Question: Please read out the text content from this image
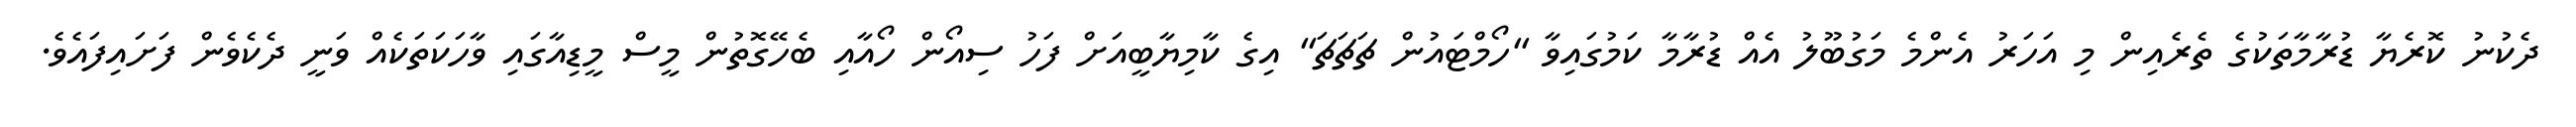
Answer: ދެކުނު ކޮރެޔާ ޑުރާމާތަކުގެ ތެރެއިން މި އަހަރު އެންމެ މަގުބޫލު އެއް ޑުރާމާ ކަމުގައިވާ ''ހޯމްޓައުން ޗަޗަޗަ'' އިގެ ކާމިޔާބީއަށް ފަހު ސިއޯން ހޯއާއި ބެހޭގޮތުން މީސް މީޑިއާގައި ވާހަކަތަކެއް ވަނީ ދެކެވެން ފަށައިފައެވެ.